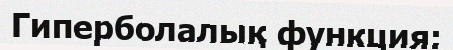
Гиперболалық функция: